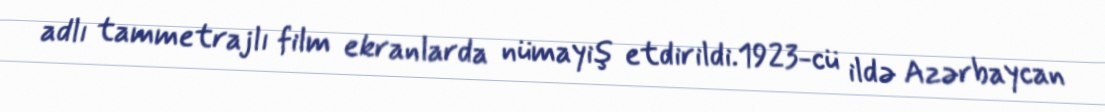
adlı tammetrajlı film ekranlarda nümayiş etdirildi.1923-cü ildə Azərbaycan